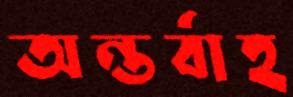
অন্তর্বাহ